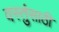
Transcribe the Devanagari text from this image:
वस्तुंसाठी